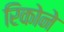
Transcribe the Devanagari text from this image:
रिकोने